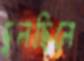
দুলছিলে